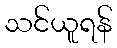
သင်ယူရန်